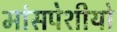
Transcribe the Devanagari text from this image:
मांसपेशीयो